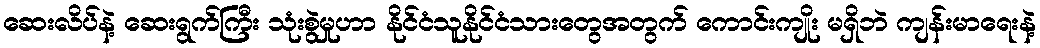
ဆေးလိပ်နဲ့ ဆေးရွက်ကြီး သုံးစွဲမှုဟာ နိုင်ငံသူနိုင်ငံသားတွေအတွက် ကောင်းကျိုး မရှိဘဲ ကျန်းမာရေးနဲ့